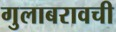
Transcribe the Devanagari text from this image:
गुलाबरावची